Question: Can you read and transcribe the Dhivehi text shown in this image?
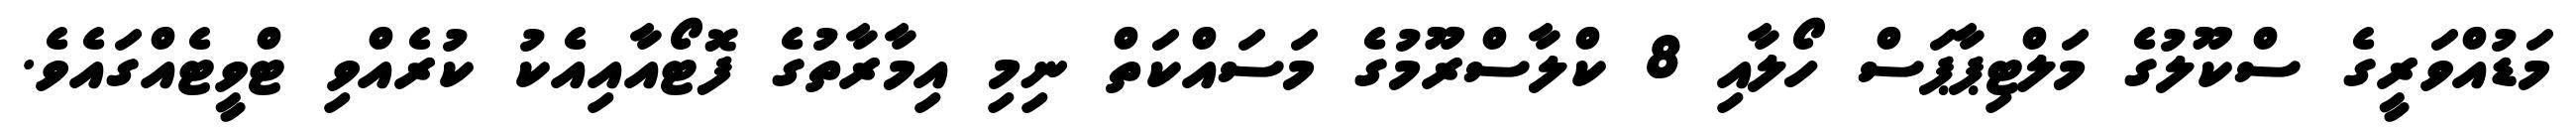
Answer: މަޑުއްވަރީގެ ސްކޫލުގެ މަލްޓިޕާޕަސް ހޯލާއި 8 ކްލާސްރޫމުގެ މަސައްކަތް ނިމި އިމާރާތުގެ ފޮޓޯއާއިއެކު ކުރެއްވި ޓްވީޓެއްގައެވެ.